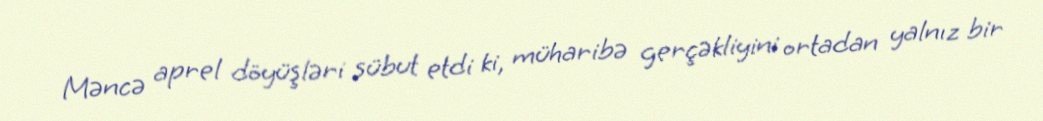
Məncə aprel döyüşləri sübut etdi ki, müharibə gerçəkliyini ortadan yalnız bir